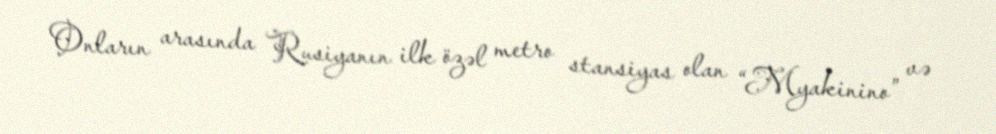
Onların arasında Rusiyanın ilk özəl metro stansiyas olan “Myakinino” və